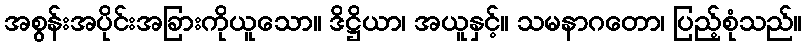
အစွန်းအပိုင်းအခြားကိုယူသော။ ဒိဋ္ဌိယာ၊ အယူနှင့်။ သမနာဂတော၊ ပြည့်စုံသည်။